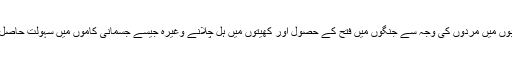
ابتدائی تہذیبوں میں مردوں کی وجہ سے جنگوں میں فتح کے حصول اور کھیتوں میں ہل چلانے وغیرہ جیسے جسمانی کاموں میں سہولت حاصل ہوتی تھی۔